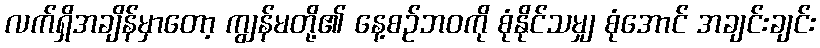
လက်ရှိအချိန်မှာတော့ ကျွန်မတို့၏ နေ့စဉ်ဘဝကို စုံနိုင်သမျှ စုံအောင် အချင်းချင်း